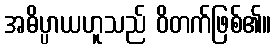
အဓိပ္ပာယဟူသည် ဝိတက်ဖြစ်၏။